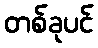
တစ်ခုပင်